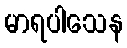
မာရပါသေန